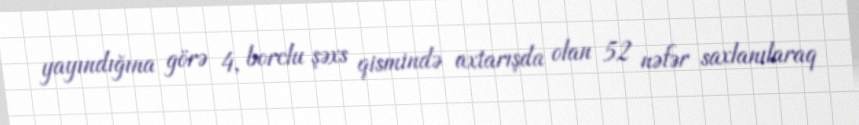
yayındığına görə 4, borclu şəxs qismində axtarışda olan 52 nəfər saxlanılaraq